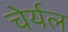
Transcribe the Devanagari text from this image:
चेर्यल